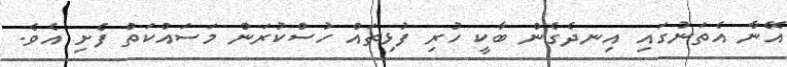
އޭނާ އެތަނުގައި އިނދެގެން ބާކީ ހުރި ފުޅިތައް ހުސްކުރަން މަސައްކަތް ފެށި އެވެ.